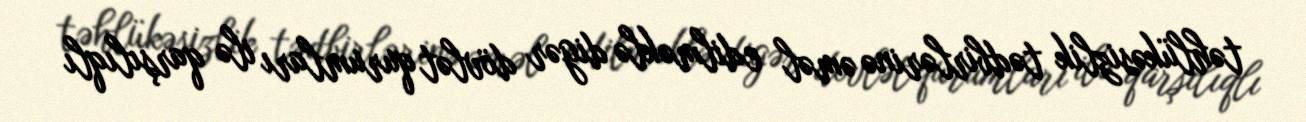
təhlükəsizlik tədbirlərinə əməl edilməklə digər dövlət qurumları ilə qarşılıqlı